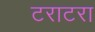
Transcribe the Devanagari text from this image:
टराटरा